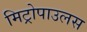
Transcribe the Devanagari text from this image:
मिट्रोपाउलस